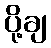
ပို့ချ